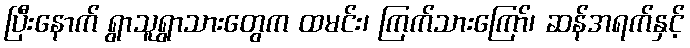
ပြီးနောက် ရွာသူရွာသားတွေက ထမင်း၊ ကြက်သားကြော်၊ ဆန်အရက်နှင့်